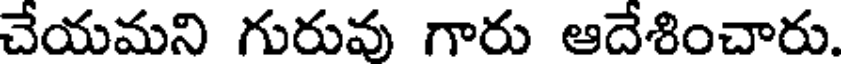
చేయమని గురువు గారు ఆదేశించారు.